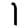
Digit: 1